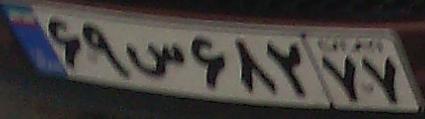
۶۹س۶۸۲۷۷